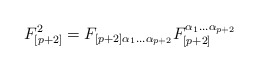
\begin{align*}F_{[p+2]}^2=F_{\left[ p+2\right]\alpha _{1}\dots \alpha _{p+2}}F_{[p+2] }^{\alpha _{1}\dots \alpha _{p+2}}\end{align*}